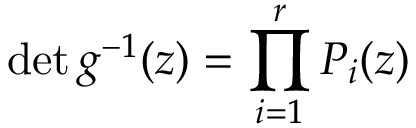
\operatorname * { d e t } g ^ { - 1 } ( z ) = \prod _ { i = 1 } ^ { r } P _ { i } ( z )